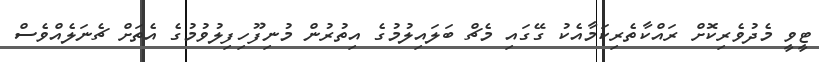
ޓީވީ މެދުވެރިކޮށް ރައްކާތެރިކަމާއެކު ގޭގައި މެޗް ބަލައިލުމުގެ އިތުރުން މުނިފޫހިފިލުވުމުގެ އެތަށް ޗެނަލެއްވެސް